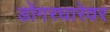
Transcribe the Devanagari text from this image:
डोंगरधारेवर